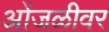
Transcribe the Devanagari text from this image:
ओंजळीवर